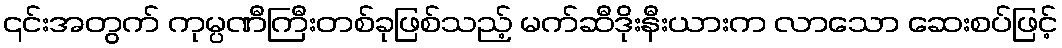
၎င်းအတွက် ကုမ္ပဏီကြီးတစ်ခုဖြစ်သည့် မက်ဆီဒိုးနီးယားက လာသော ဆေးစပ်ဖြင့်